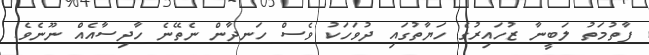
ފާތުމަތު ލަބީނާ ޒުހައިރުގެ ހަޔާތުގައި ދުވަހަކު ވެސް ހަނދާން ނެތޭނެ ހާދިސާއެއް ނޫނެވެ.